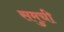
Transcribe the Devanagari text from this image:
समुची